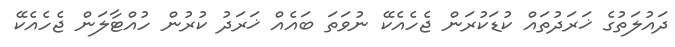
ދައުލަތުގެ ޚަރަދުތައް ކުޑަކުރަން ޖެހެއެކޭ ނުވަތަ ބައެއް ޚަރަދު ކުރުން ހުއްޓާލަން ޖެހެއެކޭ